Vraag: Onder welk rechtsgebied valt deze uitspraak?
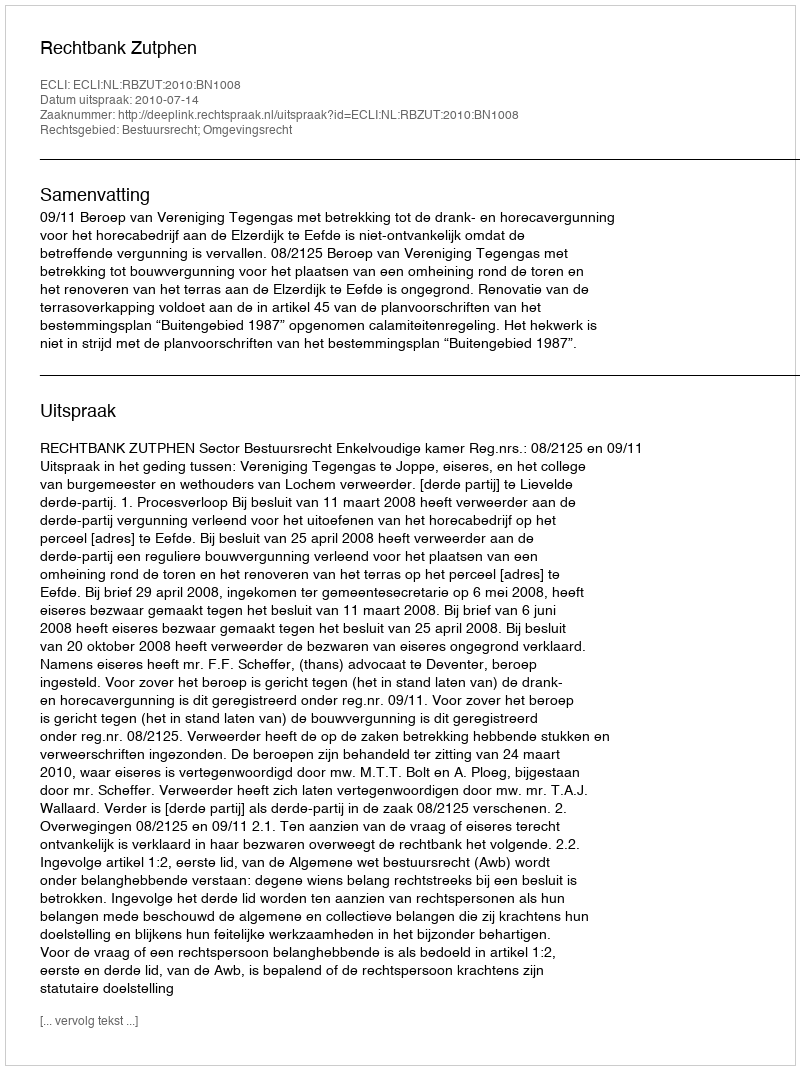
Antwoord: Bestuursrecht; Omgevingsrecht